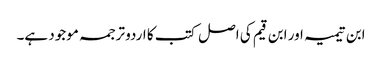
ابن تیمیہ اور ابن قیم کی اصل کتب کا اردو ترجمہ موجود ہے۔